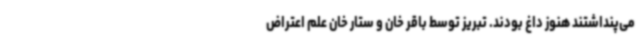
می‌پنداشتند هنوز داغ بودند. تبریز توسط باقر خان و ستار خان علم اعتراض